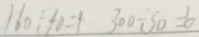
1 6 0 \div 4 = 4 3 0 0 \div 5 0 = 6